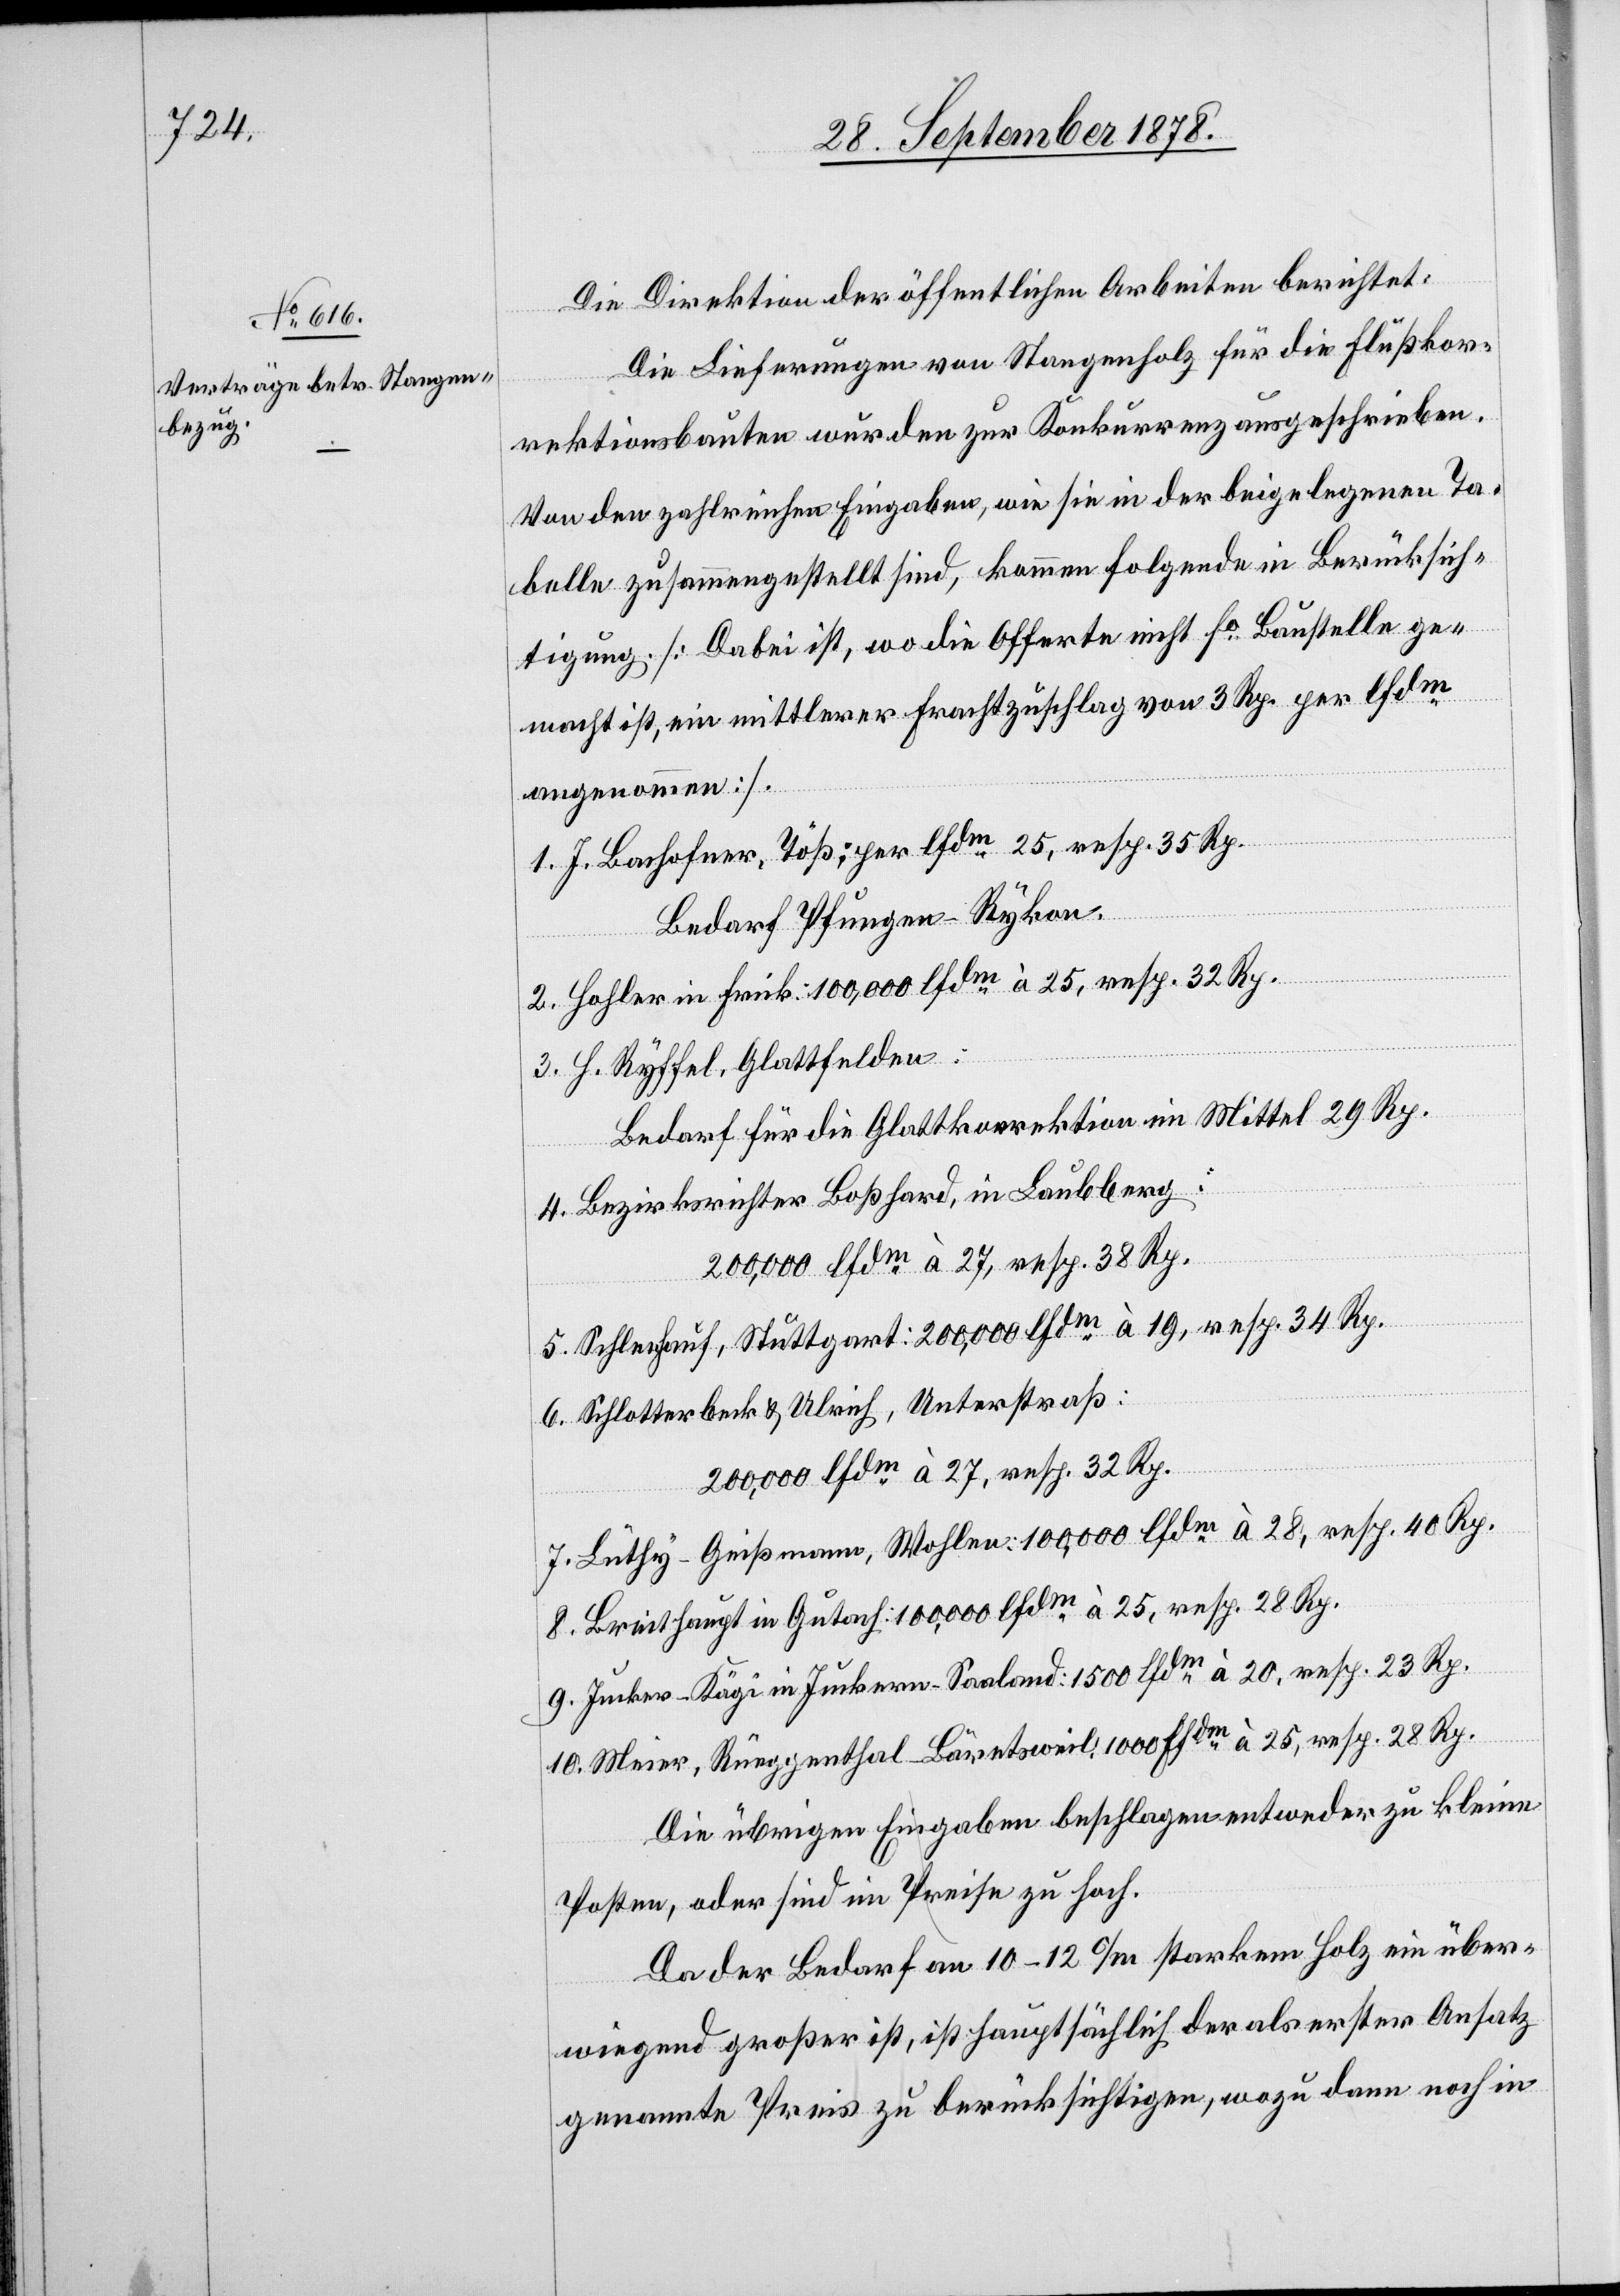
Die Direktion der öffentlichen Arbeiten berichtet:
Die Lieferungen von Stangenholz für die Flußkor¬
rektionsbauten wurden zur Konkurrenz ausgeschrieben.
Von den zahlreichen Eingaben, wie sie in der beigelegenen Ta¬
belle zusammengestellt sind, kommen folgende in Berücksich¬
tigung [Dabei ist, wo die Offerte nicht fo Baustelle ge¬
macht ist, ein mittlerer Frachtzuschlag von 3 Rp. per lfdm
angenommen].
1. J. Bachofner, Töß: per lfdm 25, resp. 35 Rp.
Bedarf Pfungen - Rykon.
2. Hohler in Frick: 100,000 lfdm à 25, resp. 32 Rp.
3. H. Ryffel, Glattfelden:
Bedarf für die Glattkorrektion im Mittel 29 Rp.
4. Bezirksrichter Boßhard, in Laubberg:
200,000 lfdm à 27, resp. 32 Rp.
5. Schellenhauf, Stuttgart. 200,000 lfdm à 19, resp. 34 Rp.
6. Schlotterbeck & Ulrich, Unterstraß:
7. Lüthy-Geißmann, Wohlen: 100,000 lfdm à 28, resp. 40 Rp.
8. Breithaupt in Gutach: 100,000 lfdm à 25, resp. 28 Rp.
9. Jucker-Kägi in Junkern - Saaland, 1500 lfdm à 20, resp. 23 Rp.
10. Meier, Rueggenthal - Bäretsweil, 1000 lfdm à 25, resp. 28 Rp.
Die übrigen Eingaben beschlagen entweder zu kleine
Posten, oder sind im Preise zu hoch.
Da der Bedarf an 10–12 c/m starkem Holz ein über¬
wiegend großer ist, ist hauptsächlich der als erster Ansatz
genannte Preis zu berücksichtigen, wozu dann noch in